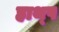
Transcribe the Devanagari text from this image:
हाथ्प